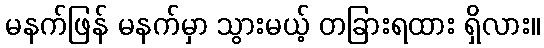
မနက်ဖြန် မနက်မှာ သွားမယ့် တခြားရထား ရှိလား။